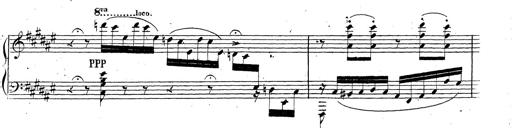
Title: Canzone Napolitana
Composer: Franz Liszt